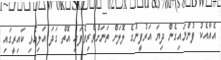
އެއާއެކު ފުންމައިގެން ދިޔަ އަރުފީނުގެ ލޮލަށް ތަނަށްވެރިވެފައި އޮތް ގަދަ އަލިއެޅި ކައިރީގައި